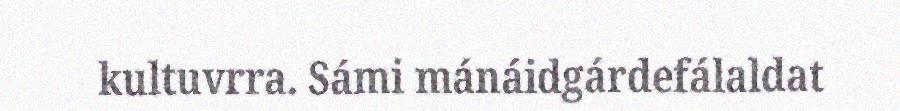
kultuvrra. Sámi mánáidgárdefálaldat